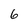
Character: 6